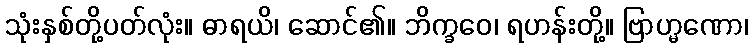
သုံးနှစ်တို့ပတ်လုံး။ ဓာရယိ၊ ဆောင်၏။ ဘိက္ခဝေ၊ ရဟန်းတို့။ ဗြာဟ္မဏော၊